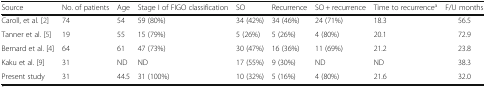
<table><thead><tr><td><b>Source</b></td><td><b>No. of patients</b></td><td><b>Age</b></td><td><b>Stage I of FIGO classification</b></td><td><b>SO</b></td><td><b>Recurrence</b></td><td><b>SO + recurrence</b></td><td><b>Time to recurrence<sup>a</sup></b></td><td><b>F/U months</b></td></tr></thead><tbody><tr><td>Caroll, et al. [2]</td><td>74</td><td>54</td><td>59 (80%)</td><td>34 (42%)</td><td>34 (46%)</td><td>24 (71%)</td><td>18.3</td><td>56.5</td></tr><tr><td>Tanner et al. [5]</td><td>19</td><td>55</td><td>15 (79%)</td><td>5 (26%)</td><td>5 (26%)</td><td>4 (80%)</td><td>20.1</td><td>72.9</td></tr><tr><td>Bernard et al. [4]</td><td>64</td><td>61</td><td>47 (73%)</td><td>30 (47%)</td><td>16 (36%)</td><td>11 (69%)</td><td>21.2</td><td>23.8</td></tr><tr><td>Kaku et al. [9]</td><td>31</td><td>ND</td><td>ND</td><td>17 (55%)</td><td>9 (30%)</td><td>ND</td><td>ND</td><td>38.3</td></tr><tr><td>Present study</td><td>31</td><td>44.5</td><td>31 (100%)</td><td>10 (32%)</td><td>5 (16%)</td><td>4 (80%)</td><td>21.6</td><td>32.0</td></tr></tbody></table>